Virumaa_algkoolid, lk 8
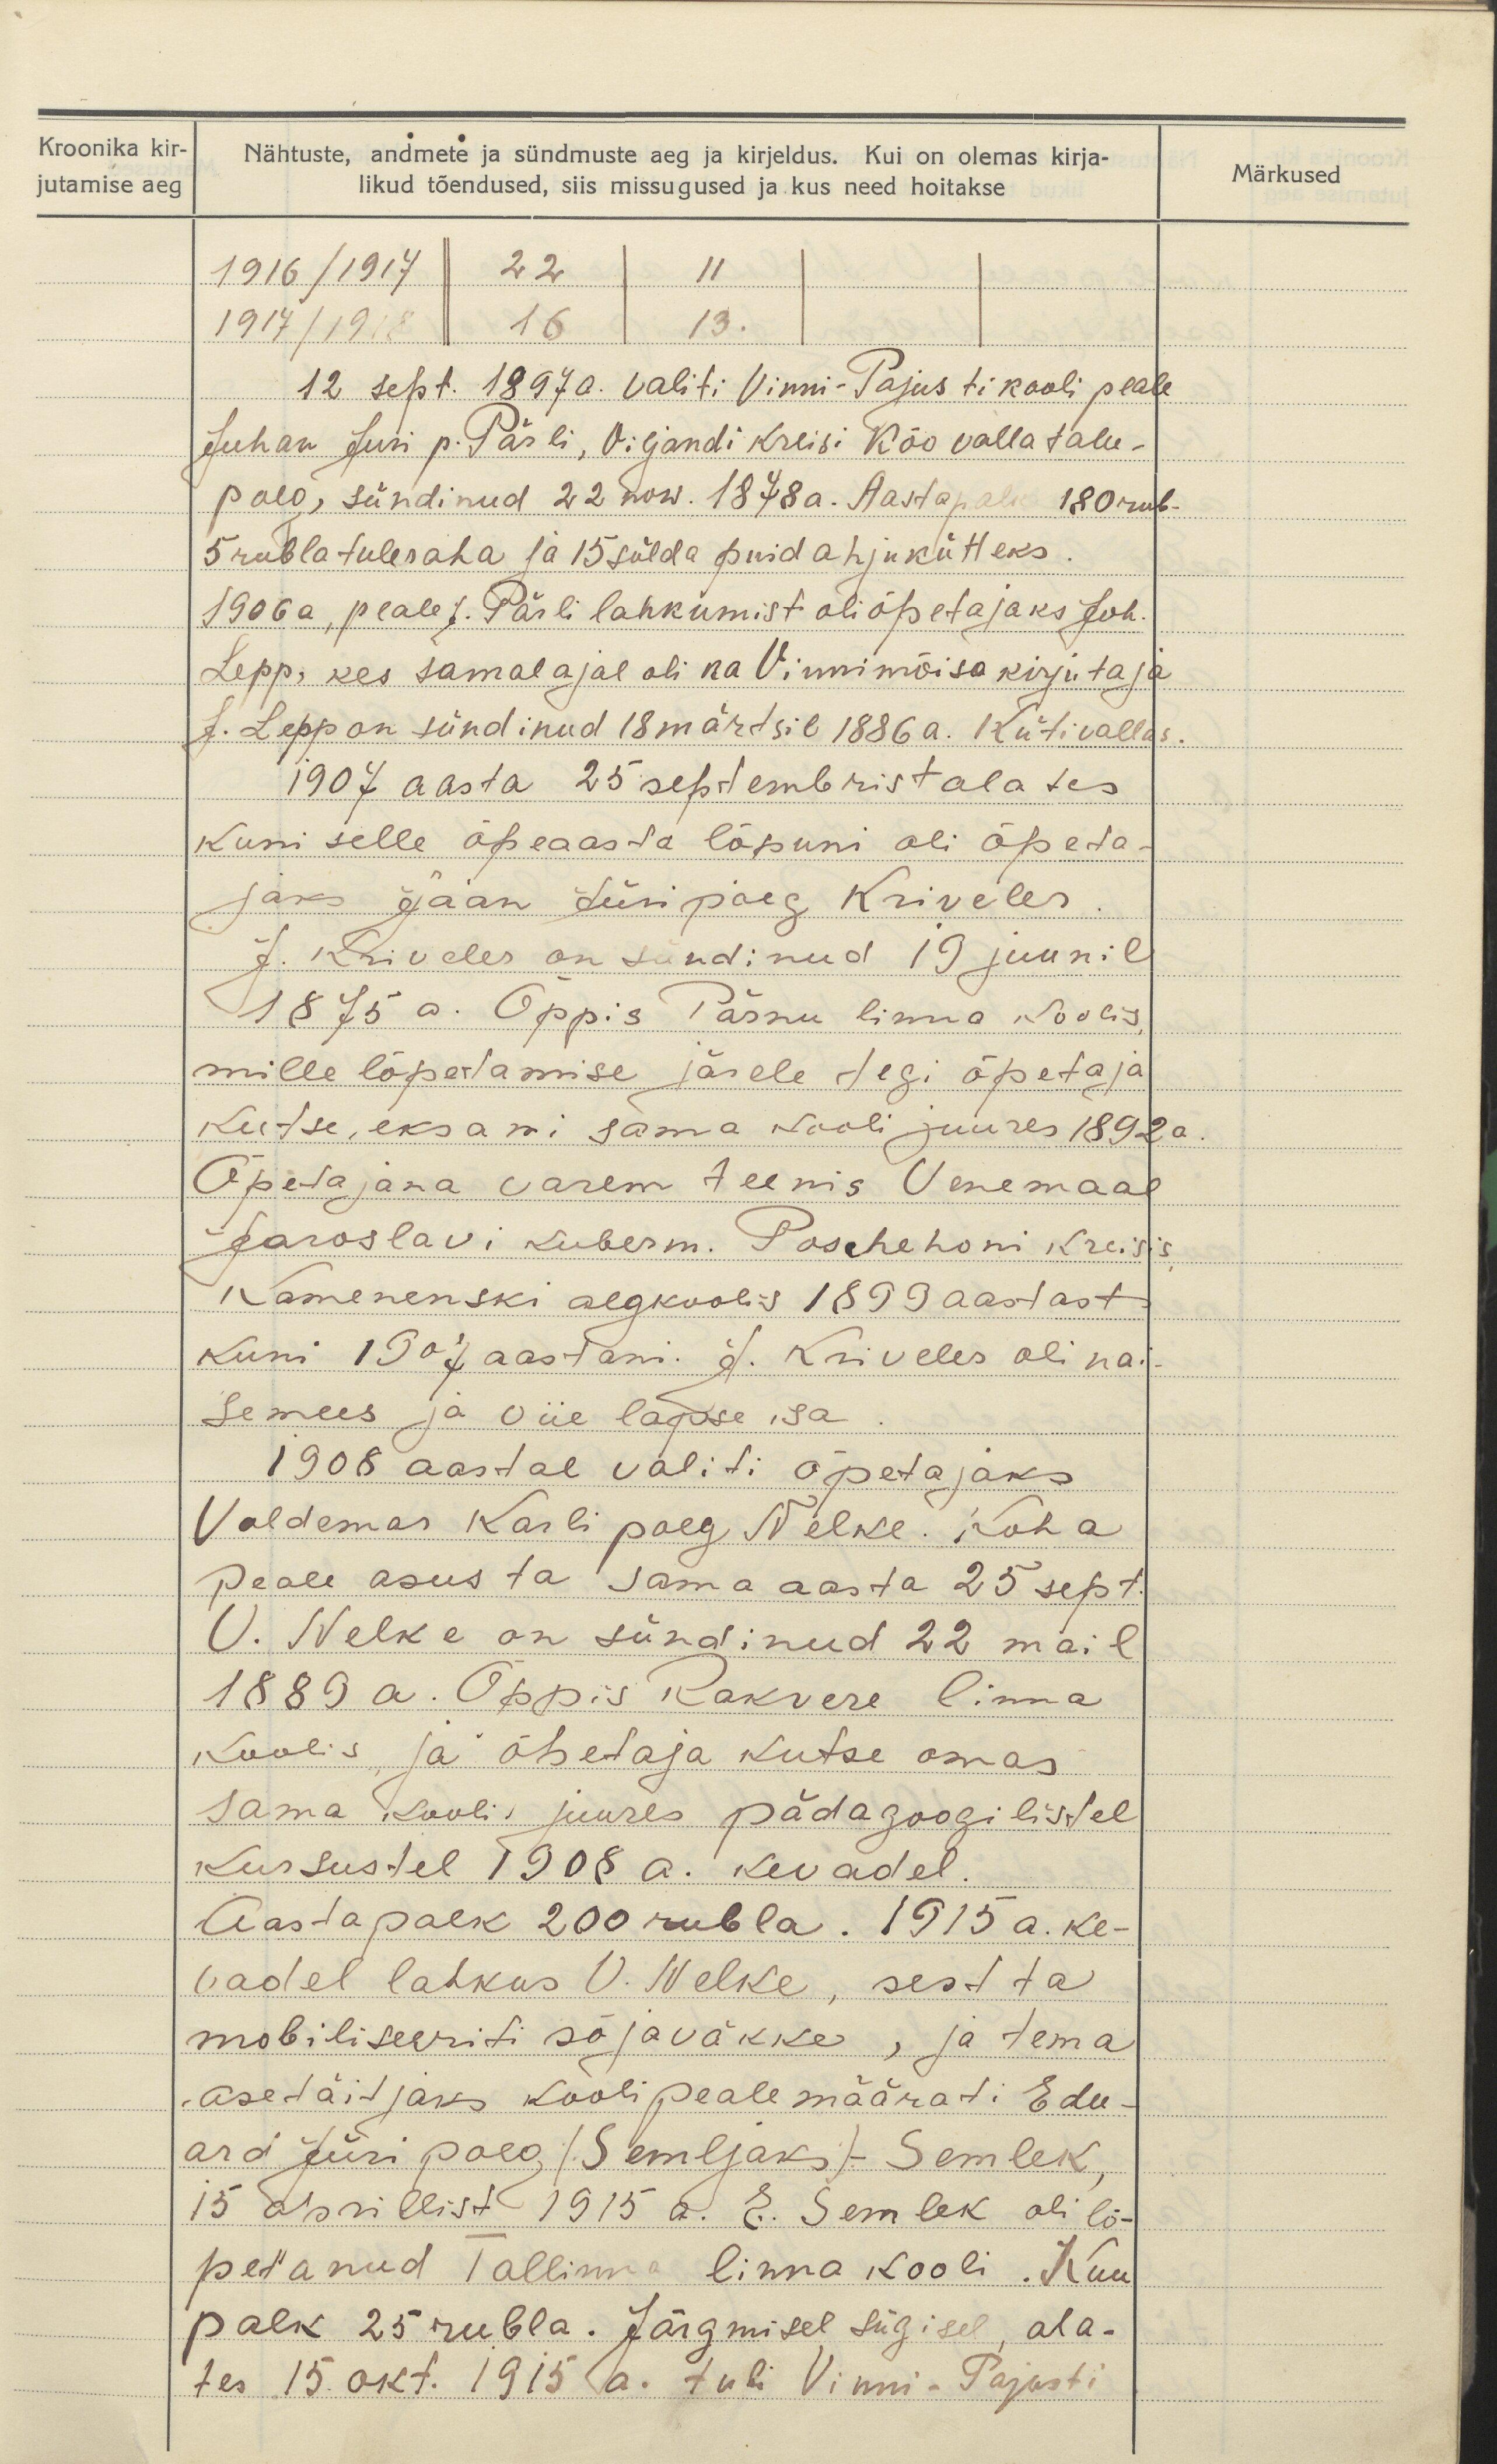
Kroonika kir-
jutamise aeg

Märkused

Nähtuste, andmete ja sündmuste aeg ja kirjeldus. Kui on olemas kirja-
likud tõendused, siis missugused ja kus need hoitakse
1916/ 1917 22 11
1917/ 1918 16 13.
12 sept. 1897 a. valiti Vinni-Pajusti kooli peale
Juhan Juri p. Pärli, Viljandi kreisi Kõo valla talu-
poeg, sündinud 22 now. 1878 a. Aastapalk 180 rub.
5 rubla tuleraha ja 15 sülda puid ahju kütteks.
1906 a. peale J. Pärli lahkumist oli õpetajaks Joh.
Lepp, kes samal ajal oli ka Vinni mõisa kirjutaja
J. Lepp on sündinud 18 märtsil 1886 a. Küti vallas.
1907 aasta 25 septembrist alates
kuni selle õpeaasta lõpuni oli õpeta-
jaks Jaan Jüripoeg Kriveler.
J. Kiriveler on sündinud 19 juunil
1875 a. Õppis Pärnu linna Koolis,
mille lõpetamise järele tegi õpetaja
Kutse, eksami sama kooli juures 1892 a.
Õpetajana varem teenis Venemaal
Jaroslavi kuberm. Poschehoni kreisis
Kamenenski algkoolis 1899 aastast
kuni 1907 aastani. J. Kriveles oli nai-
semees ja viie lapse isa.
1908 aastal valiti õpetajaks
Voldemar Karli poeg Nelke. Koha
peale asus ta sama aasta 25 sept.
V. Nelke on sündinud 22 mail
1889 a. Õppis Rakvere linna
koolis ja õpetaja kutse omas
sama kooli juures pädagoogilistel
Kursustel 1908 a. kevadel.
Aastapalk 200 rubla. 1915 a. ke-
vadel lahkus O. Nelke, sest ta
mobiliseeriti sõjaväkke, ja tema
asetäitjaks kooli peale määrati Edu-
ard Jüri poeg (Semljaks). Semlek,
15 aprillist 1915 a. E. Semlek oli lõ-
petanud Tallinna linna kooli. Kuu
palk 25 rubla. Järgmisel sügisel, ala-
tes 15 okt. 1915 a. tuli Vinni-Pajusti